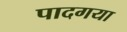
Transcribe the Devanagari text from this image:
पादगया